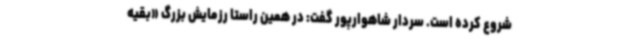
شروع کرده است. سردار شاهوارپور گفت: در همین راستا رزمایش بزرگ «بقیه